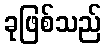
ခုဖြစ်သည်